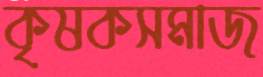
কৃষকসমাজ